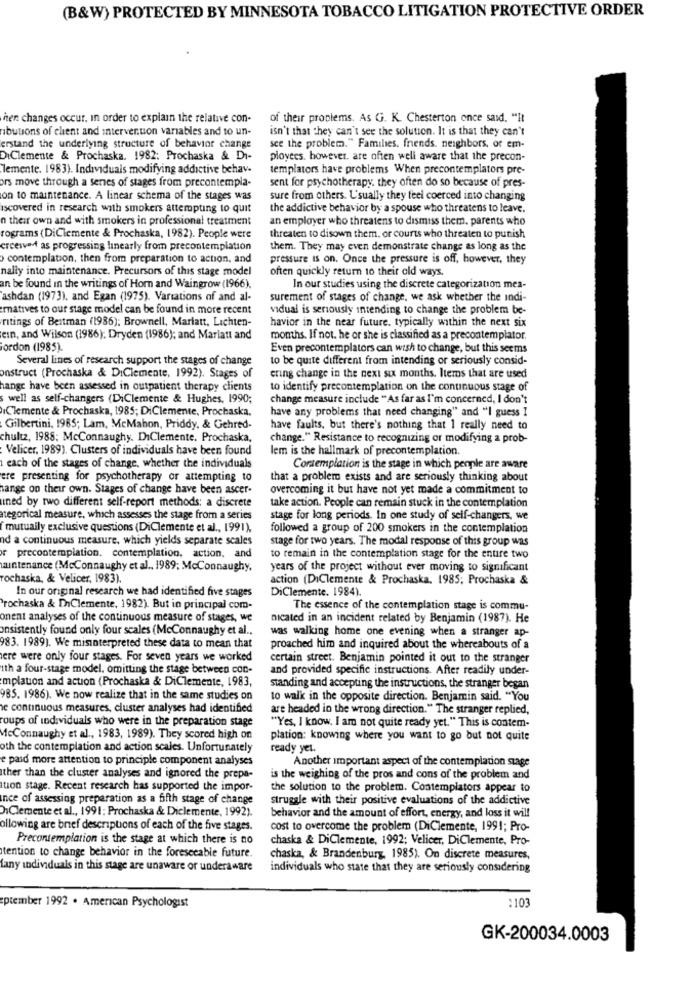
(B&W) PROTECTED BY MINNESOTA TOBACCO LITIGATION PROTECTIVE ORDER
hen changes occur, in order to explain the relative con-
of their proplems. As G. K. Chesterton once said. "It
ibutions of client and intervention variables and to un-
isn't that they can't see the solution. It is that they can't
erstand the underlying structure of behavior change
see the problem." Families. friends. neighbors, or em-
DiClemente & Prochaska. 1982: Prochaska & Di-
ployees. however, are often well aware that the precon-
lemente. 1983). Individuals modifying addictive behav-
templators have problems When precontemplators pre-
ors move through a series of stages from precontempla-
sent for psychotherapy. they often do so because of pres-
on to maintenance. A linear schema of the stages was
sure from others. L'sually they feel coerced into changing
iscovered in research with smokers attempting to quit
the addictive behavior by a spouse who threatens to leave.
n their own and with smokers in professional treatment
an employer who threatens to dismiss them. parents who
rograms (DiClemente & Prochaska, 1982). People were
threaten to disown them. or courts who threaten to punish
erceived as progressing linearly from precontemplation
them. They may even demonstrate change as long as the
contemplation, then from preparation to action, and
pressure is on. Once the pressure is off, however, they
nally into maintenance. Precursors of this stage model
often quickly return to their old ways.
an be found in the writings of Horn and Waingrow (1966).
In our studies using the discrete categorization mea-
ashdan (1973). and Egan (1975). Variations of and al-
surement of stages of change, we ask whether the indi-
ematives to our stage model can be found in more recent
vidual is seriously intending to change the problem be-
ritings of Beitman (1986); Brownell, Mariatt. Lichten-
havior in the near future. typically within the next six
ein, and Wilson (1986): Dryden (1986); and Marlatt and
months. If not. he or she is classified as a precontemplator.
jordon (1985).
Even precontemplators can wish to change, but this seems
Several lines of research support the stages of change
to be quite different from intending or seriously consid-
onstruct (Prochaska & DiClemente, 1992). Stages of
ering change in the next six months. Items that are used
hange have been assessed in outpatient therapy clients
to identify precontemplation on the continuous stage of
well as self-changers (DiClemente & Hughes, 1990;
change measure include "As far as I'm concerned, I don't
iClemente & Prochaska, 1985; DiClemente, Prochaska.
have any problems that need changing" and "I guess I
Gilbertini, 1985; Lam, McMahon, Priddy, & Gehred-
have faults, but there's nothing that 1 really need to
chultz, 1988; McConnaughy. DiClemente. Prochaska,
change." Resistance to recognizing or modifying a prob-
Velicer, 1989). Clusters of individuals have been found
lem is the hallmark of precontemplation.
each of the stages of change, whether the individuals
Contemplation is the stage in which people are aware
ere presenting for psychotherapy or attempting to
that a problem exists and are seriously thinking about
hange on their own. Stages of change have been ascer-
overcoming it but have not yet made a commitment to
uned by two different self-report methods: a discrete
take action. People can remain stuck in the contemplation
tegorical measure, which assesses the stage from a series
stage for long periods. In one study of self-changers, we
mutually exclusive questions (DiClemente et al ., 1991).
followed a group of 200 smokers in the contemplation
nd a continuous measure, which yields separate scales
stage for two years. The modal response of this group was
r precontemplation. contemplation, action, and
to remain in the contemplation stage for the entire two
maintenance (McConnaughy et al .. 1989; McConnaughy,
years of the project without ever moving to significant
rochaska, & Velicer, 1983).
action (DiClemente & Prochaska, 1985; Prochaska &
In our original research we had identified five stages
DiClemente. 1984).
Prochaska & InClemente, 1982). But in principal com-
The essence of the contemplation stage is commu-
onent analyses of the continuous measure of stages, we
nicated in an incident related by Benjamin (1987). He
onsistently found only four scales (McConnaughy et al ..
was walking home one evening when a stranger ap-
983. 1989). We misinterpreted these data to mean that
proached him and inquired about the whereabouts of a
ere were only four stages. For seven years we worked
certain street. Benjamin pointed it out to the stranger
ith a four-stage model. omitting the stage between con-
and provided specific instructions. After readily under-
mplation and action (Prochaska & DiClemente, 1983,
standing and accepting the instructions, the stranger began
985. 1986). We now realize that in the same studies on
to walk in the opposite direction. Benjamin said. "You
se continuous measures, cluster analyses had identified
are headed in the wrong direction." The stranger replied,
roups of individuals who were in the preparation stage
"Yes, I know. I am not quite ready yet." This is contem-
McConnaughy et al ., 1983, 1989). They scored high on
plation: knowing where you want to go but not quite
oth the contemplation and action scales. Unfortunately
ready yet.
e paid more attention to principle component analyses
Another important aspect of the contemplation stage
other than the cluster analyses and ignored the prepa-
is the weighing of the pros and cons of the problem and
ton stage. Recent research has supported the impor-
the solution to the problem. Contemplators appear to
nce of assessing preparation as a fifth stage of change
struggle with their positive evaluations of the addictive
Clemente et al ., 1991; Prochaska & Diclemente, 1992).
behavior and the amount of effort, energy, and loss it will
allowing are brief descriptions of each of the five stages.
cost to overcome the problem (DiClemente, 1991; Pro-
Precontemplation is the stage at which there is no
chaska & DiClemente, 1992; Velicer, DiClemente, Pro-
tention to change behavior in the foreseeable future.
chaska, & Brandenburg, 1985). On discrete measures,
fany individuals in this stage are unaware or underaware
individuals who state that they are seriously considering
:103
ptember 1992 . American Psychologist
GK-200034.0003